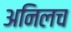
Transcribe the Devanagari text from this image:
अनिलच